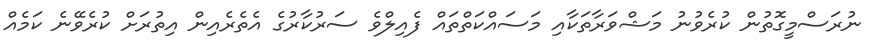
ނުރަސްމީގޮތުން ކުރެވުނު މަޝްވަރާތަކާއި މަސައްކަތްތައް ފެއިލްވެ ސަރުކާރުގެ އެތެރެއިން އިތުރަށް ކުރެވޭނެ ކަމެއް